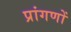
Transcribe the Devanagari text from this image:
प्रांगणों